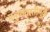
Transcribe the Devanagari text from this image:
मनुष्यवस्तीमुळे